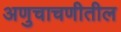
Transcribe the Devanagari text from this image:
अणुचाचणीतील